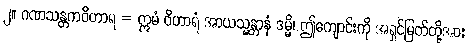
၂။ ဂဏသန္တကဝိဟာရ = ဣမံ ဝိဟာရံ အာယသ္မန္တာနံ ဒမ္မိ၊ ဤကျောင်းကို အရှင်မြတ်တို့အား